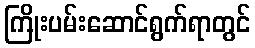
ကြိုးပမ်းဆောင်ရွက်ရာတွင်